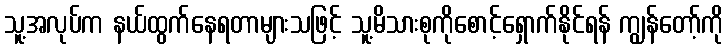
သူ့အလုပ်က နယ်ထွက်နေရတာများသဖြင့် သူ့မိသားစုကိုစောင့်ရှောက်နိုင်ရန် ကျွန်တော့်ကို